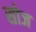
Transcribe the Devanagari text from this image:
सोज